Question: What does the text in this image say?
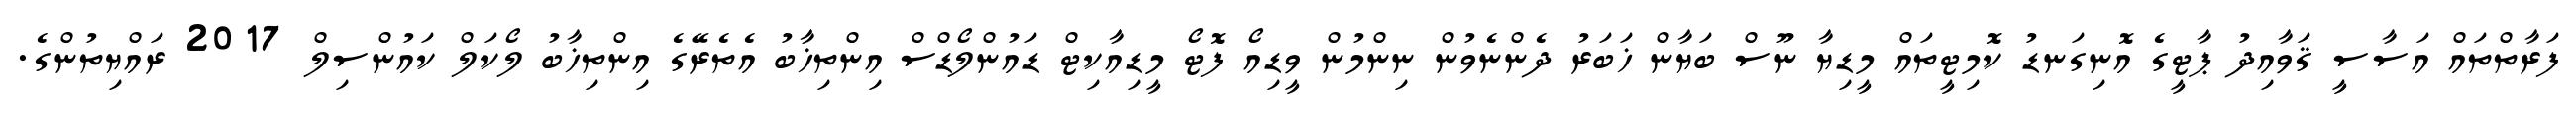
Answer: ފަރާތްތައް އަސާސީ ޤަވާއިދު ޕާޓީގެ އޮނިގަނޑު ކޮމިޓީތައް މީޑިޔާ ނޫސް ބަޔާން ޚަބަރު ދެންނެވުން ނިންމުން ވީޑިއޯ ފޮޓޯ މީޑިއާކިޓް ޑައުންލޯޑްސް އިންތިޚާބު އެތެރޭގެ އިންތިޚާބު ލޯކަލް ކައުންސިލް 2017 ރައްޔިތުންގެ.